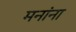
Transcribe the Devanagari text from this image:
मनांना